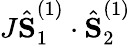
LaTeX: J\hat{\textbf{S}}_{1}^{(1)}\cdot\hat{{\textbf{S}}}_{2}^{(1)}